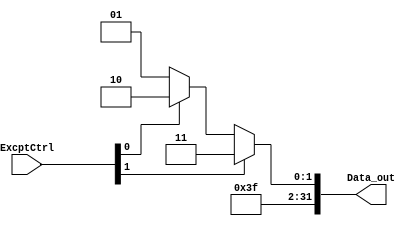
// MUX for exceptions
module mux_Except(
    input   wire    [1:0]       ExcptCtrl,
//  input   wire    [31:0]     Data_0, 
//  input   wire    [31:0]      Data_1, 
    output  wire    [31:0]      Data_out    
);

    parameter OPCODE    = 32'd253;
    parameter Overflow  = 32'd254;
    parameter Div0      = 32'd255;

    wire [31:0] out1;

    /*
        OPCODE   -- 0|
        OVERFLOW -- 1| -- out1 -- 0\
                                    | -- Data_out ->
        DIV0     ---------------- 1/
    */

    assign out1     =   (ExcptCtrl[0]) ? Overflow : OPCODE;     // if true receives 254, otherwise receives 253
    assign Data_out =   (ExcptCtrl[1]) ? Div0 : out1;         // if true receives 255, otherwise receives Aux1

endmodule